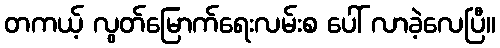
တကယ့် လွတ်မြောက်ရေးလမ်းစ ပေါ် လာခဲ့လေပြီ။